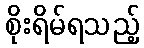
စိုးရိမ်ရသည့်